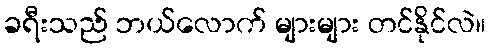
ခရီးသည် ဘယ်လောက် များများ တင်နိုင်လဲ။